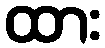
ထား